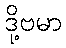
ဒို့ဗမာ